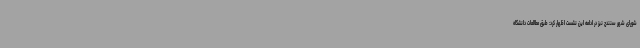
شورای شهر سنندج نیز در ادامه این نشست اظهار کرد: طبق مطالعات دانشگاه